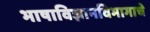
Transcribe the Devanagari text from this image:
भाषाविज्ञानविभागाचे